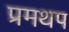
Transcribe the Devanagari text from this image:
प्रमथप